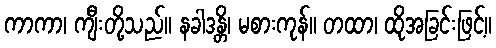
ကာကာ၊ ကျီးတို့သည်။ နခါဒန္တိ၊ မစားကုန်။ တထာ၊ ထိုအခြင်းဖြင့်။